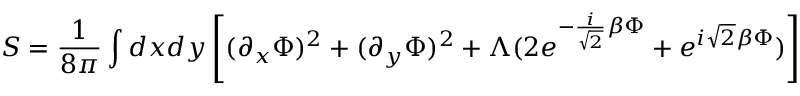
S = { \frac { 1 } { 8 \pi } } \int d x d y \left[ ( \partial _ { x } \Phi ) ^ { 2 } + ( \partial _ { y } \Phi ) ^ { 2 } + \Lambda ( 2 e ^ { - { \frac { i } { \sqrt { 2 } } } \beta \Phi } + e ^ { i \sqrt { 2 } \beta \Phi } ) \right]